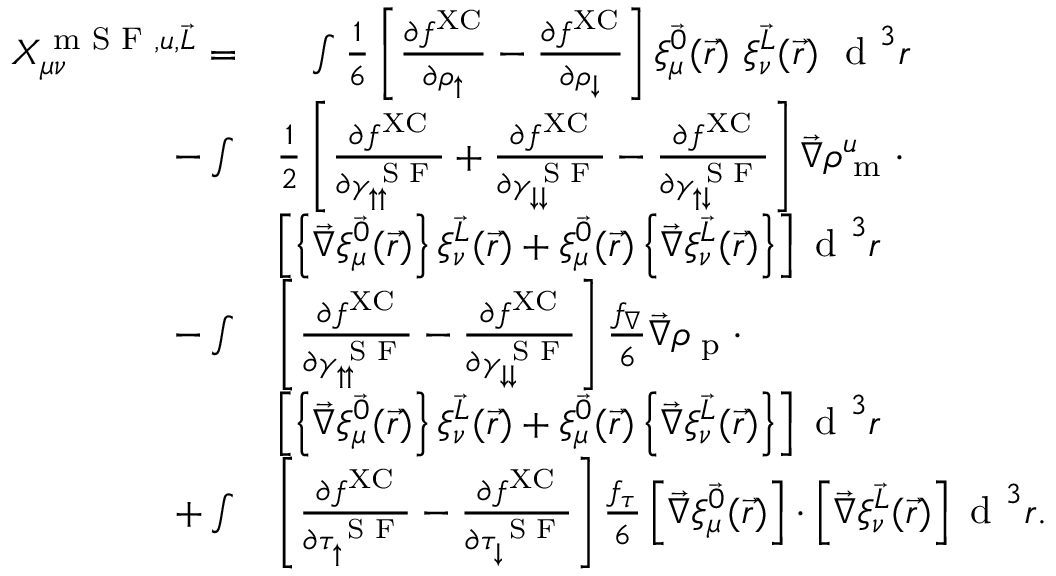
\begin{array} { r l } { X _ { \mu \nu } ^ { \textrm { m S F } , u , \vec { L } } = } & { \phantom { + } \int \frac { 1 } { 6 } \left[ \frac { \partial f ^ { \mathrm { X C } } } { \partial \rho _ { \uparrow } } - \frac { \partial f ^ { \mathrm { X C } } } { \partial \rho _ { \downarrow } } \right] \xi _ { \mu } ^ { \vec { 0 } } ( \vec { r } ) ~ \xi _ { \nu } ^ { \vec { L } } ( \vec { r } ) ~ \textrm { d } ^ { 3 } r } \\ { - \int } & { \frac { 1 } { 2 } \left[ \frac { \partial f ^ { \mathrm { X C } } } { \partial \gamma _ { \uparrow \uparrow } ^ { \textrm { S F } } } + \frac { \partial f ^ { \mathrm { X C } } } { \partial \gamma _ { \downarrow \downarrow } ^ { \textrm { S F } } } - \frac { \partial f ^ { \mathrm { X C } } } { \partial \gamma _ { \uparrow \downarrow } ^ { \textrm { S F } } } \right] \vec { \nabla } \rho _ { \textrm { m } } ^ { u } \cdot } \\ & { \left[ \left\{ \vec { \nabla } \xi _ { \mu } ^ { \vec { 0 } } ( \vec { r } ) \right\} \xi _ { \nu } ^ { \vec { L } } ( \vec { r } ) + \xi _ { \mu } ^ { \vec { 0 } } ( \vec { r } ) \left\{ \vec { \nabla } \xi _ { \nu } ^ { \vec { L } } ( \vec { r } ) \right\} \right] \textrm { d } ^ { 3 } r } \\ { - \int } & { \left[ \frac { \partial f ^ { \mathrm { X C } } } { \partial \gamma _ { \uparrow \uparrow } ^ { \textrm { S F } } } - \frac { \partial f ^ { \mathrm { X C } } } { \partial \gamma _ { \downarrow \downarrow } ^ { \textrm { S F } } } \right] \frac { f _ { \nabla } } { 6 } \vec { \nabla } \rho _ { \textrm { p } } \cdot } \\ & { \left[ \left\{ \vec { \nabla } \xi _ { \mu } ^ { \vec { 0 } } ( \vec { r } ) \right\} \xi _ { \nu } ^ { \vec { L } } ( \vec { r } ) + \xi _ { \mu } ^ { \vec { 0 } } ( \vec { r } ) \left\{ \vec { \nabla } \xi _ { \nu } ^ { \vec { L } } ( \vec { r } ) \right\} \right] \textrm { d } ^ { 3 } r } \\ { + \int } & { \left[ \frac { \partial f ^ { \mathrm { X C } } } { \partial \tau _ { \uparrow } ^ { \textrm { S F } } } - \frac { \partial f ^ { \mathrm { X C } } } { \partial \tau _ { \downarrow } ^ { \textrm { S F } } } \right] \frac { f _ { \tau } } { 6 } \left[ \vec { \nabla } \xi _ { \mu } ^ { \vec { 0 } } ( \vec { r } ) \right] \cdot \left[ \vec { \nabla } \xi _ { \nu } ^ { \vec { L } } ( \vec { r } ) \right] \textrm { d } ^ { 3 } r . } \end{array}